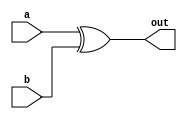
module XOR_sum(a, b, out);
input [31:0] a;
input [31:0] b;
output [31:0] out;

assign out = a^b;

endmodule